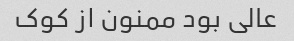
عالی بود ممنون از کوک